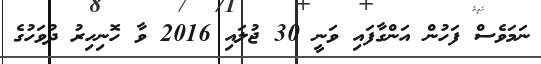
ނަމަވެސް ފަހުން އަންގާފައި ވަނީ 30 ޖުލައި 2016 ވާ ހޮނިހިރު ދުވަހުގެ